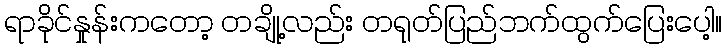
ရာခိုင်နှုန်းကတော့ တချို့လည်း တရုတ်ပြည်ဘက်ထွက်ပြေးပေါ့။